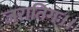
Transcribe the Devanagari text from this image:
जरातिगः।।